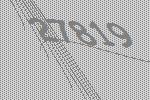
27819